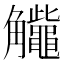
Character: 𧥕